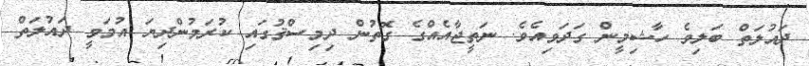
ދައުލަތް ބަލިވެ ހާޝިމީން ގަދަވިއެވެ. ނަތީޖާއެއްގެ ގޮތުން ދިމިސްޤުގައި ކުރަމުންދިޔަ އުމަވީ ދައުލަތް